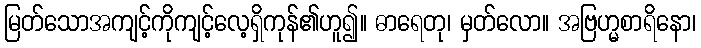
မြတ်သောအကျင့်ကိုကျင့်လေ့ရှိကုန်၏ဟူ၍။ ဓာရေတု၊ မှတ်လော။ အဗြဟ္မစာရိနော၊